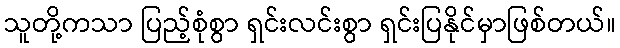
သူတို့ကသာ ပြည့်စုံစွာ ရှင်းလင်းစွာ ရှင်းပြနိုင်မှာဖြစ်တယ်။